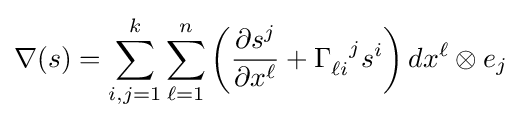
\nabla (s)=\sum _{i,j=1}^{k}\sum _{\ell =1}^{n}\left({\frac {\partial s^{j}}{\partial x^{\ell }}}+\Gamma _{\ell i}^{\ \ j}s^{i}\right)dx^{\ell }\otimes e_{j}